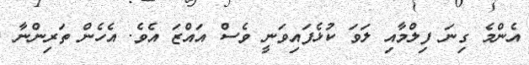
އެންމެ ގިނަ ފިލްމާއި ލަވަ ކުޅެފައިވަނީ ވެސް އައްޒަ އެވެ. އެހެން ތަރިންނާ